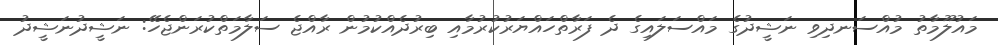
މައުލޫމާތު މުއްސަނދިވި ނަޝީދުގެ މައްސަލައިގެ ދެ ފަރާތްހައްޔަރުކުރުމާއި ބިރުދެއްކުމުން ރާއްޖެ ސަލާމަތްކުރަންޖެހޭ: ނަޝީދުނަޝީދު